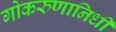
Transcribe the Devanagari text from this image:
गोकरुणानिधी